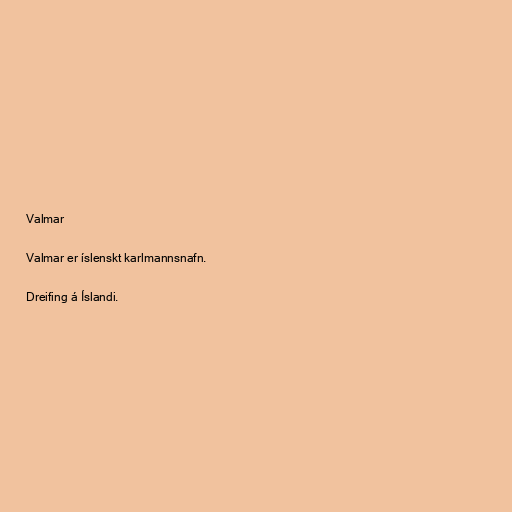
Valmar

Valmar er íslenskt karlmannsnafn.

Dreifing á Íslandi.